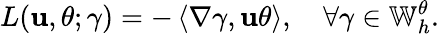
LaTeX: L(\mathbf{u},\theta;\gamma)=-\left\langle\nabla\gamma,\mathbf{u}\theta\right\rangle,\quad\forall\gamma\in\mathbb{{W}}_{h}^{\theta}.